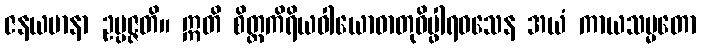
ဇနယမာနာ ဥပ္ပဇ္ဇတိ။ ဣတိ စိတ္တကိရိယဝါယောဓာတုဝိပ္ဖါရဝသေန အယံ ကာယသမ္မတော